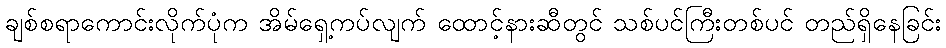
ချစ်စရာကောင်းလိုက်ပုံက အိမ်ရှေ့ကပ်လျက် ထောင့်နားဆီတွင် သစ်ပင်ကြီးတစ်ပင် တည်ရှိနေခြင်း